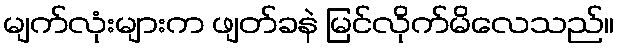
မျက်လုံးများက ဖျတ်ခနဲ မြင်လိုက်မိလေသည်။